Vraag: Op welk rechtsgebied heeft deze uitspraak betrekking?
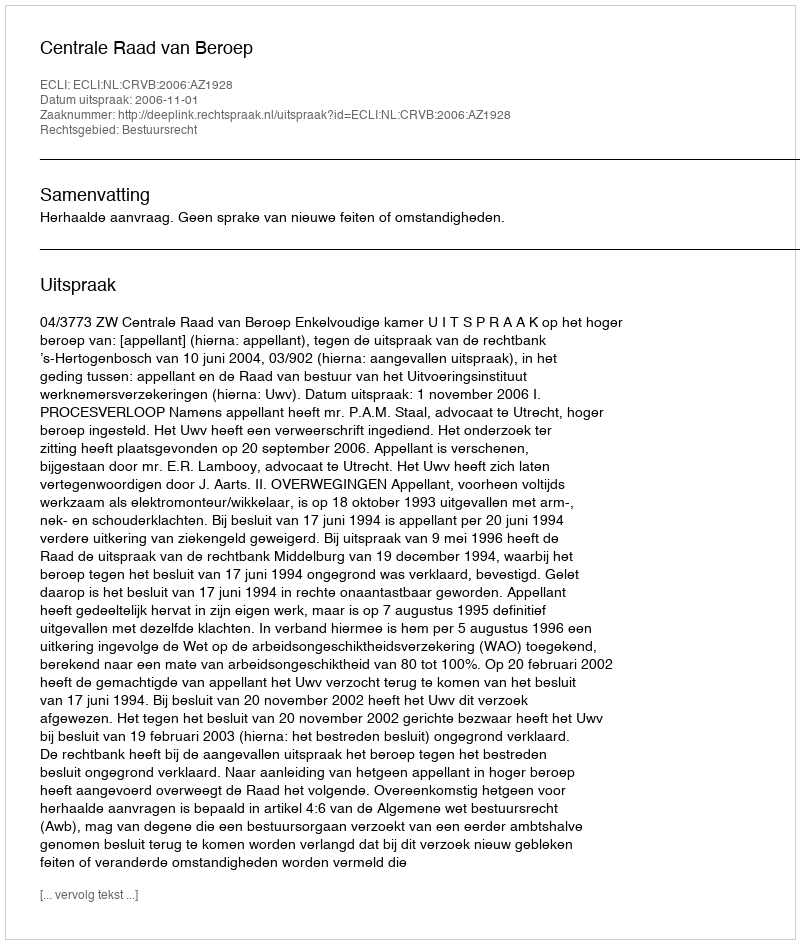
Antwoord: Bestuursrecht